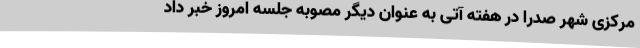
مرکزی شهر صدرا در هفته آتی به عنوان دیگر مصوبه جلسه امروز خبر داد